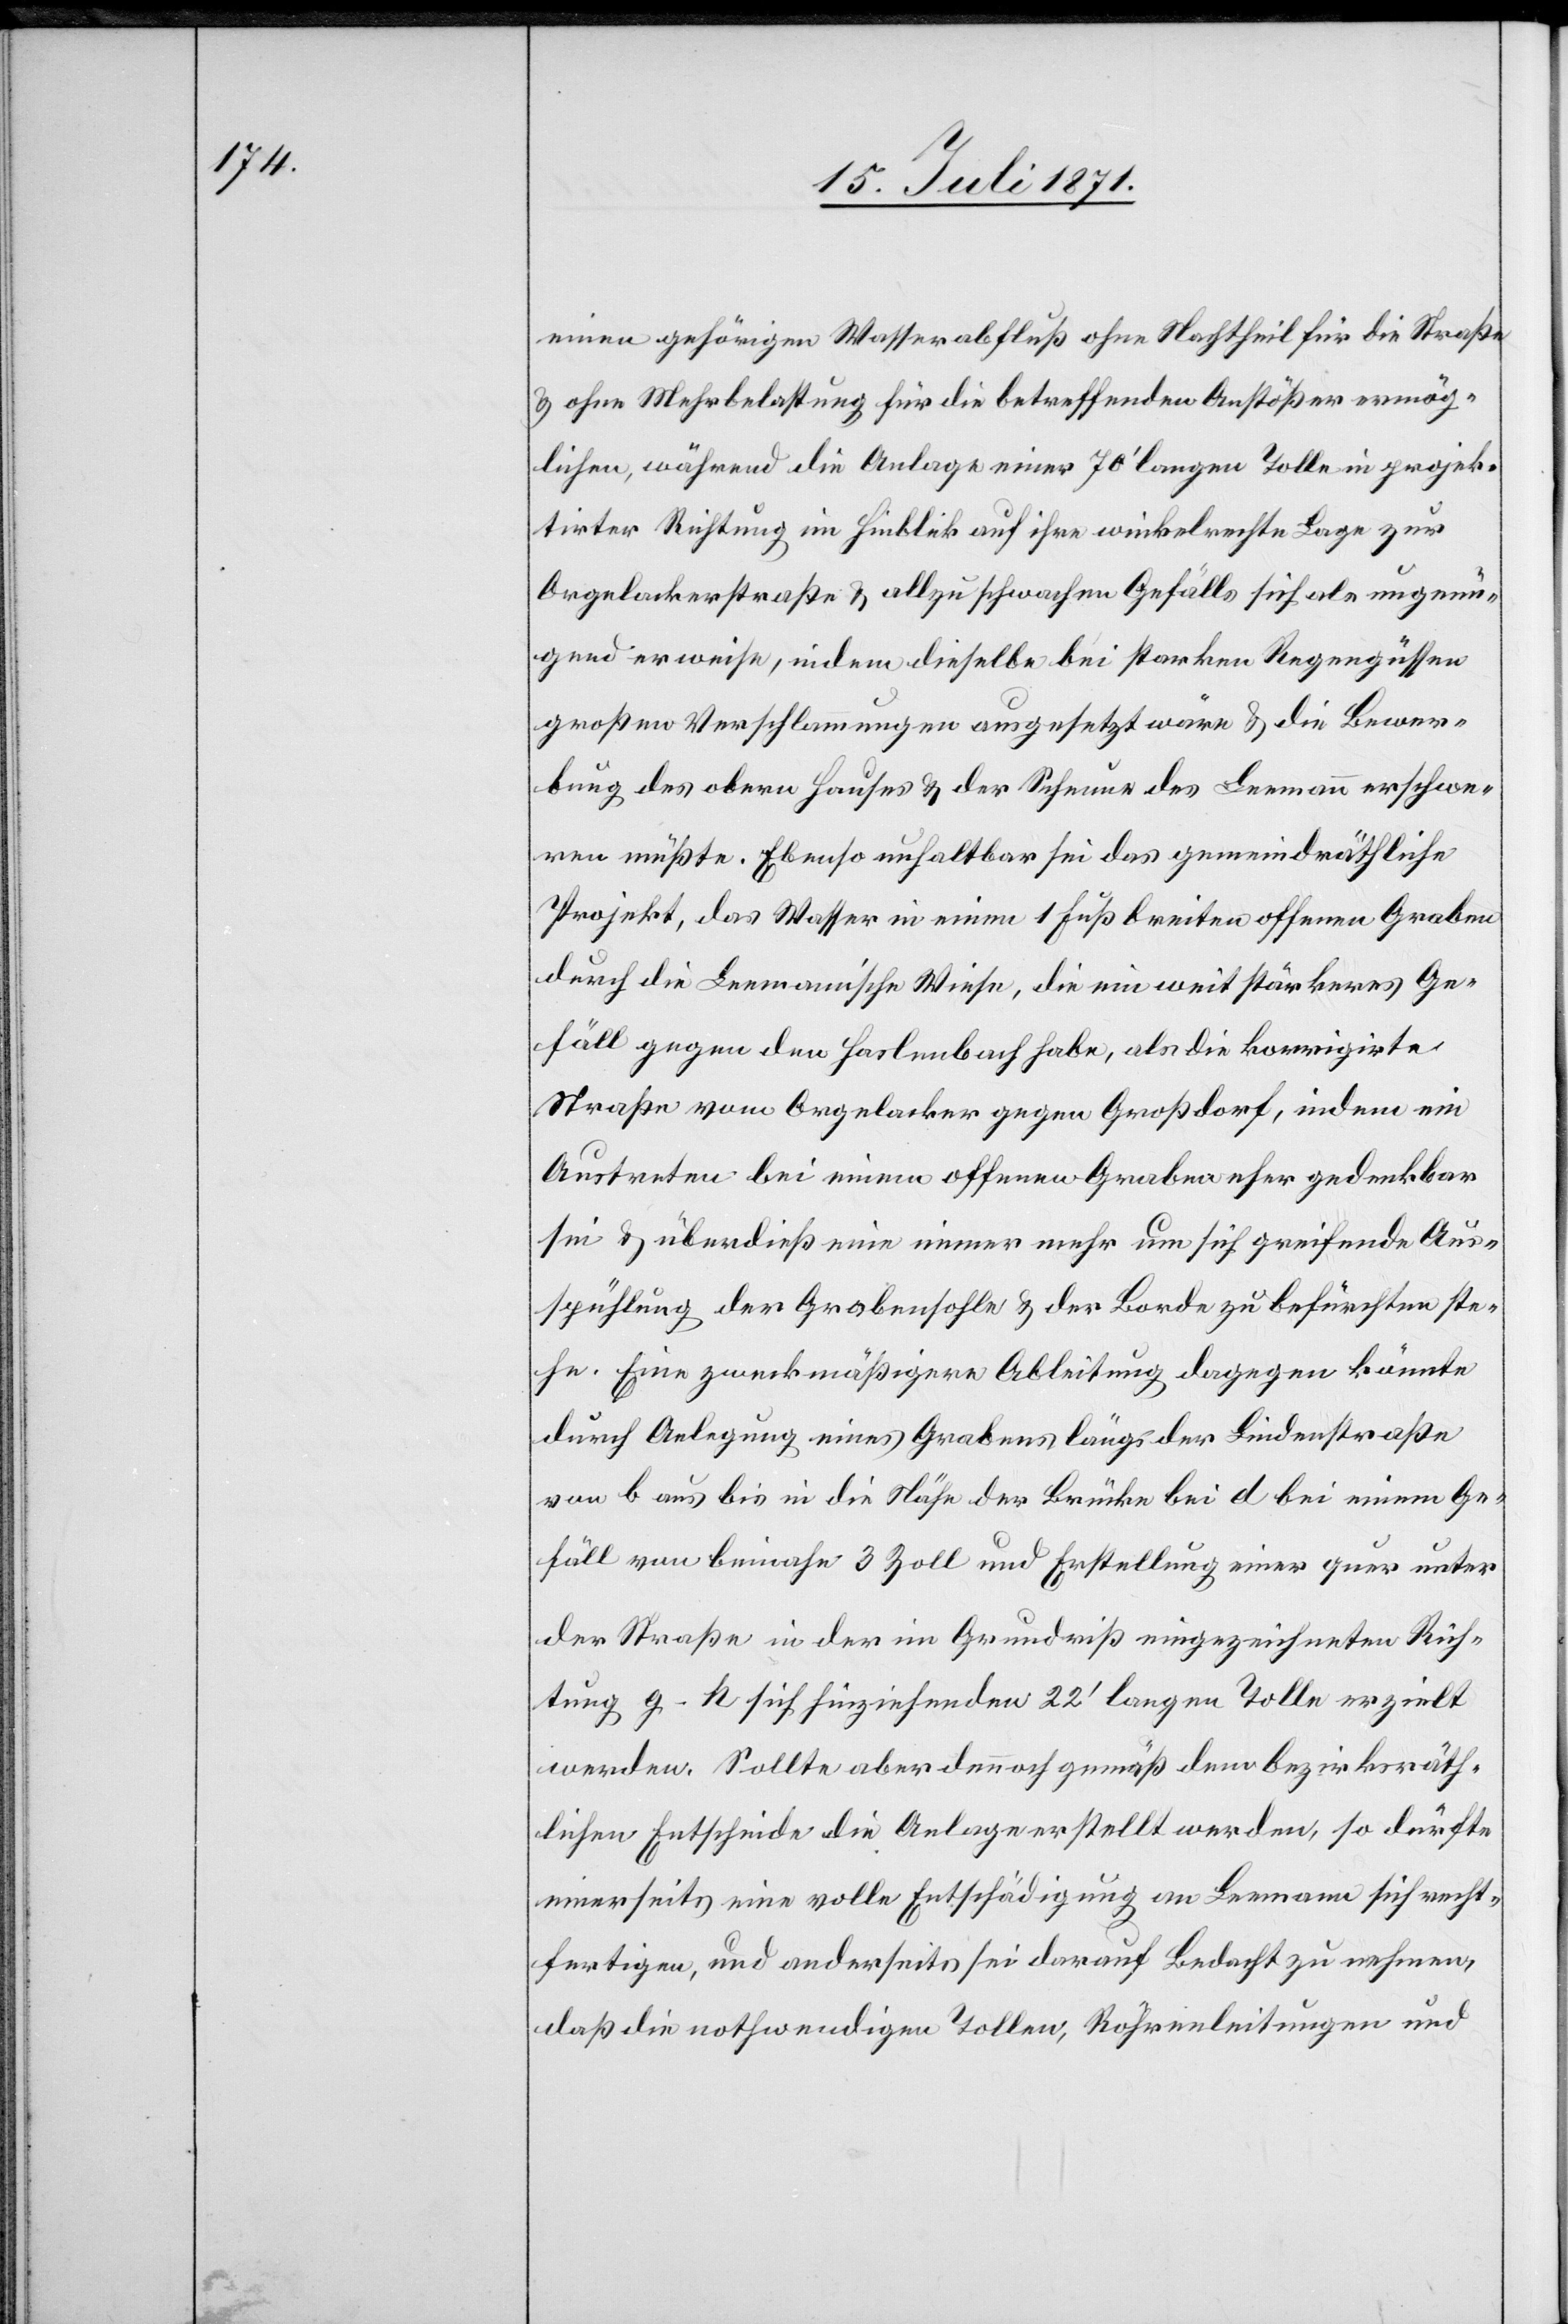
einen gehörigen Wasserabfluß ohne Nachtheil für die Straße
u. ohne Mehrbelastung für die betreffenden Anstößer ermög¬
lichen, während die Anlage einer 70‘ langen Tolle in projek¬
tirter Richtung im Hinblick auf ihre winkelrechte Lage zur
Orgelackerstraße u. allzuschwachen Gefälls sich als ungenü¬
gend erweise, indem dieselbe bei starken Regengüssen
großen Verschlammungen ausgesetzt wäre u. die Bewer¬
bung des obern Hauses u. der Scheune des Leemann erschwe¬
ren müßte. Ebenso unhaltbar sei das gemeindräthliche
Projekt, das Wasser in einem 1 Fuß breiten offenen Graben
durch die Leemann’sche Wiese, die ein weit stärkeres Ge¬
fäll gegen den Haslenbach habe, als die korrigirte
Straße vom Orgelacker gegen Großdorf, indem ein
Austreten bei einem offenen Graben eher gedenkbar
sei u. überdieß eine einer mehr um sich greifende
Ausspühlung der Grabensohle u. der Borde zu befürchten ste¬
he. Eine zweckmäßigere Ableitung dagegen könnte
durch Anlegung eines Grabens längs der Lindenstraße
von b aus bis in die Nähe der Brücke bei d bei einem Ge¬
fäll von beinahe 3 Zoll und Erstellung einer quer unter
der Straße in der im Grundriß eingezeichneten Rich¬
tung g–h sich hinziehenden 22‘ langen Tolle erzielt
werden. Sollte aber dennoch gemäß dem bezirksräth¬
lichen Entscheide die Anlage erstellt werden, so dürfte
einerseits eine volle Entschädigung an Leemann sich recht¬
fertigen, und anderseits sei darauf Bedacht zu nehmen,
daß die nothwendigen Tollen, Röhrenleitungen und